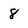
Character: 8